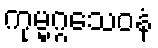
ကုမ္မဂ္ဂသေဝနံ